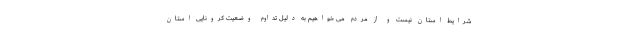
شرایط استان نیست و از مردم می خواهیم به دلیل تداوم وضعیت کرونایی استان